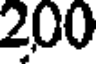
200